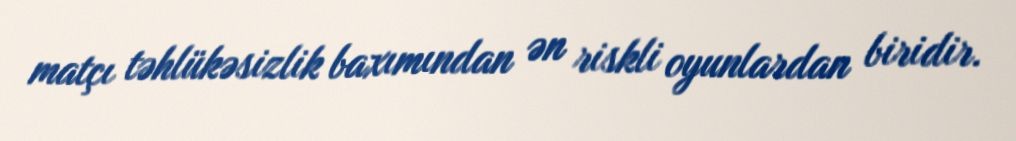
matçı təhlükəsizlik baxımından ən riskli oyunlardan biridir.